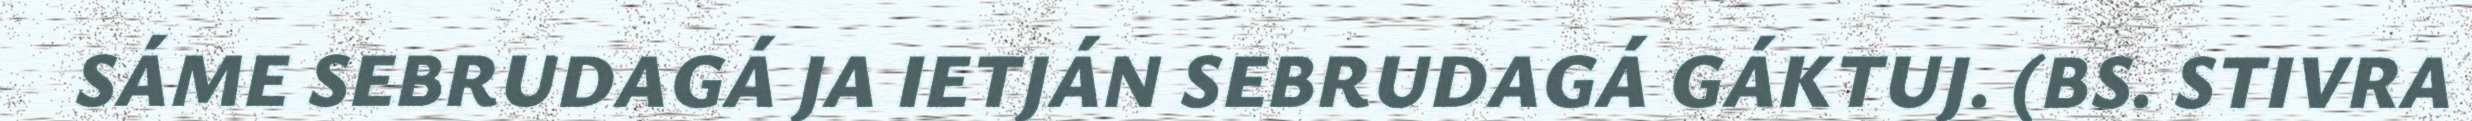
SÁME SEBRUDAGÁ JA IETJÁN SEBRUDAGÁ GÁKTUJ. (BS. STIVRA